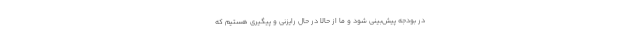
در بودجه پیش‌بینی شود و ما از حالا در حال رایزنی و پیگیری هستیم که